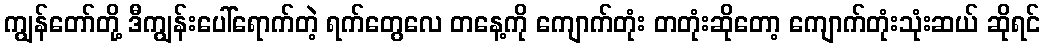
ကျွန်တော်တို့ ဒီကျွန်းပေါ်ရောက်တဲ့ ရက်တွေလေ တနေ့ကို ကျောက်တုံး တတုံးဆိုတော့ ကျောက်တုံးသုံးဆယ် ဆိုရင်